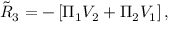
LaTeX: { \tilde { R } } _ { 3 } = - \left[ \Pi _ { 1 } { \cal V } _ { 2 } + \Pi _ { 2 } { \cal V } _ { 1 } \right] ,